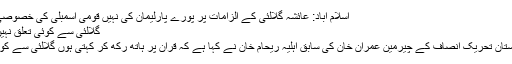
اسلام آباد: عائشہ گلالئی کے الزامات پر پورے پارلیمان کی نہیں قومی اسمبلی کی خصوصی مزید پڑھیں
گلالئی سے کوئی تعلق نہیں، ریحام خان
ہری پور: پاکستان تحریک انصاف کے چیرمین عمران خان کی سابق اہلیہ ریحام خان نے کہا ہے کہ قرآن پر ہاتھ رکھ کر کہتی ہوں گلالئی سے کوئی تعلق نہیں۔